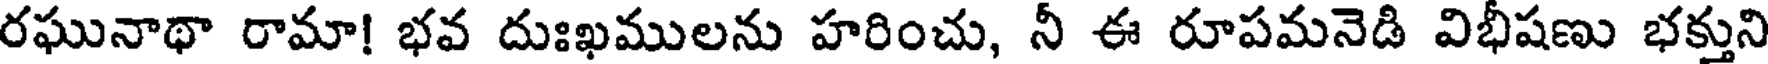
రఘునాథా రామా! భవ దుఃఖములను హరించు, నీ ఈ రూపమనెడి విభీషణు భక్తుని